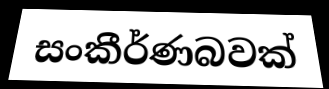
සංකීර්ණබවක්